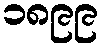
၁၈၉၉